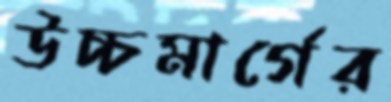
উচ্চমার্গের